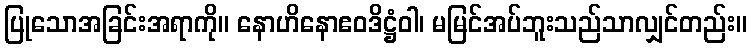
ပြုသောအခြင်းအရာကို။ နောဟိနောဧဝဒိဋ္ဌံဝါ၊ မမြင်အပ်ဘူးသည်သာလျှင်တည်း။